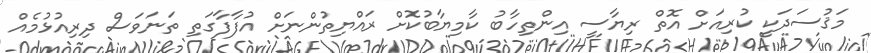
މަޤުސަދަކީ ކުރިއަށް އޮތް ރިޔާސީ އިންތިހާބު ކާމިޔާބުކޮށް ރައްޔިތުންނަށް އުފާފާގަތި ތަނަވަސް ދިރިއުޅުމެއް